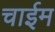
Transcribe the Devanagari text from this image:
चाईम